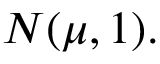
N ( \mu , 1 ) .